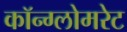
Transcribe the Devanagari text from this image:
कॉन्ग्लोमरेट